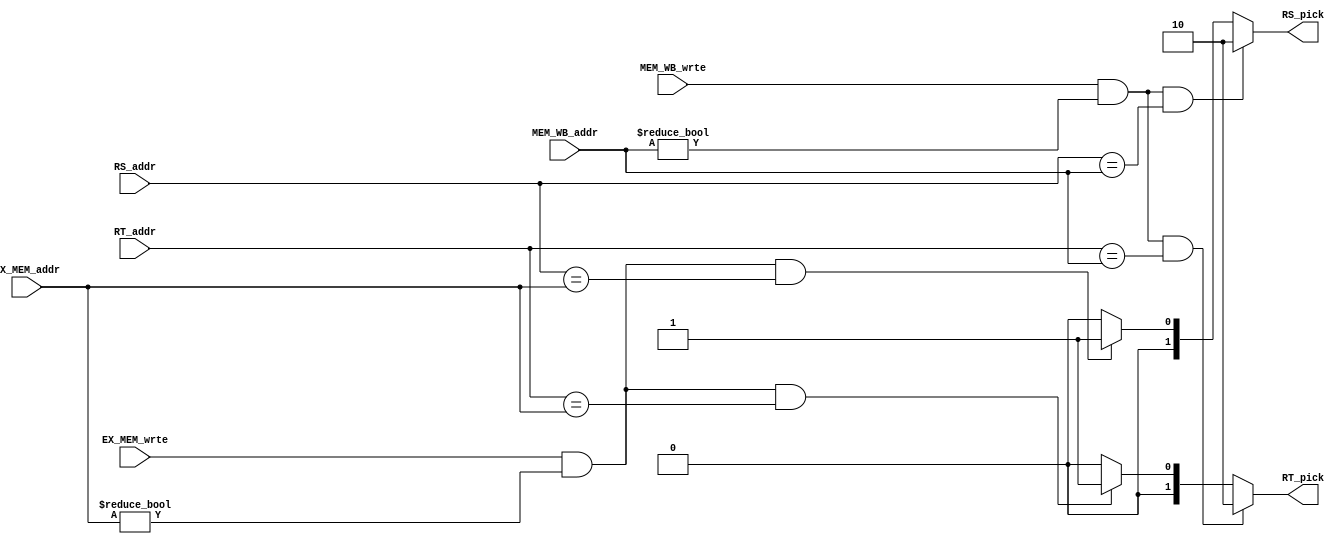
// 0317001_0310511

module Forwarding(
    RS_addr,
    RT_addr,
    EX_MEM_wrte,
    EX_MEM_addr,
    MEM_WB_wrte,
    MEM_WB_addr,
    RS_pick,
    RT_pick
    );

input [4:0] RS_addr;
input [4:0] RT_addr;
input       EX_MEM_wrte;
input [4:0] EX_MEM_addr;
input       MEM_WB_wrte;
input [4:0] MEM_WB_addr;
// 0 pick data from ID/EX
// 1 pick data from EX/MEM
// 2 pick data from MEM/WB
output reg [1:0] RS_pick;
output reg [1:0] RT_pick;

always @(*) begin
    // deal with rs
    if(MEM_WB_wrte && MEM_WB_addr!=0 && RS_addr==MEM_WB_addr)
        RS_pick <= 2;
    else if(EX_MEM_wrte && EX_MEM_addr!=0 && RS_addr==EX_MEM_addr)
        RS_pick <= 1;
    else
        RS_pick <= 0;

    // deal with rt
    if(MEM_WB_wrte && MEM_WB_addr!=0 && RT_addr==MEM_WB_addr)
        RT_pick <= 2;
    else if(EX_MEM_wrte && EX_MEM_addr!=0 && RT_addr==EX_MEM_addr)
        RT_pick <= 1;
    else
        RT_pick <= 0;
end

endmodule